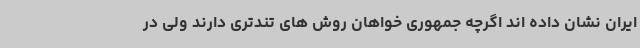
ایران نشان داده اند اگرچه جمهوری خواهان روش های تندتری دارند ولی در